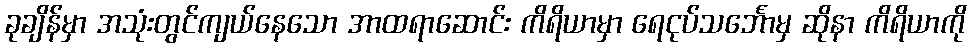
ခုချိန်မှာ အသုံးတွင်ကျယ်နေသော အာထရာဆောင်း ကိရိယာမှာ ရေငုပ်သင်္ဘောမှ ဆိုနာ ကိရိယာကို